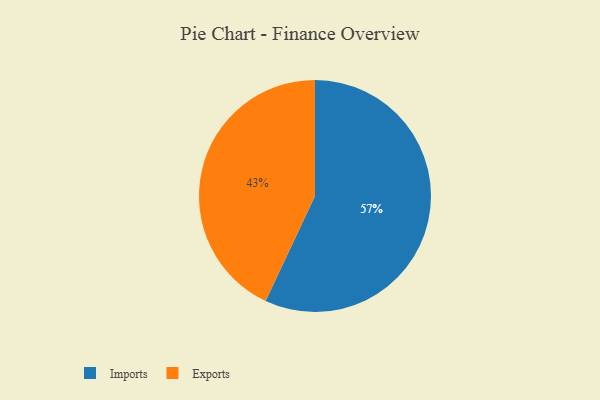
{"axis": {"x": "Category", "y": "Percentage"}, "legend": ["Exports", "Imports"], "data": [{"x": "Exports", "y": 43, "type": "Exports"}, {"x": "Imports", "y": 57, "type": "Imports"}]}